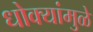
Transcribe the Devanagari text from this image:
धोक्यांमुळे